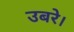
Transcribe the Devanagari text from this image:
उबरे।